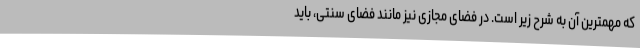
که مهمترین آن به شرح زیر است. در فضای مجازی نیز مانند فضای سنتی، باید